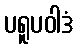
ပရူပဝါဒံ